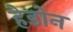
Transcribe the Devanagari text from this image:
हेडोन